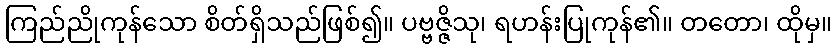
ကြည်ညိုကုန်သော စိတ်ရှိသည်ဖြစ်၍။ ပဗ္ဗဇ္ဇိသု၊ ရဟန်းပြုကုန်၏။ တတော၊ ထိုမှ။